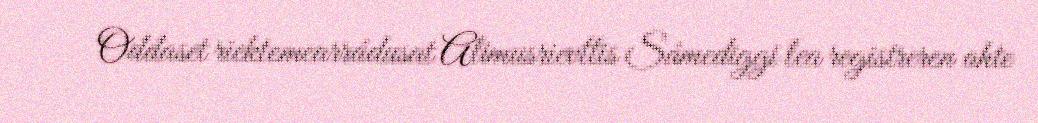
Ođđaset riektemearrádusat Alimusrievttis Sámediggi lea registreren ahte